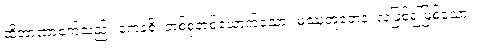
ထိုအာဏာစက်သည်။ ကေနစိ၊ တစ်စုံတစ်ယောက်သော။ မဿဘူတေန၊ လူဖြစ်၍ဖြစ်သော။